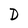
Character: D